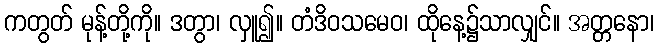
ကတွတ် မုန့်တို့ကို။ ဒတွာ၊ လှူ၍။ တံဒိဝသမေဝ၊ ထိုနေ့၌သာလျှင်။ အတ္တနော၊